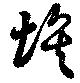
埃